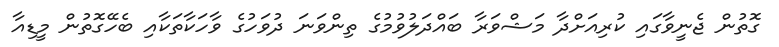
ގޮތުން ޖެނީވާގައި ކުރިއަށްދާ މަޝްވަރާ ބައްދަލުވުމުގެ ތިންވަނަ ދުވަހުގެ ވާހަކާތަކާއި ބެހޭގޮތުން މީޑިއާ